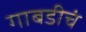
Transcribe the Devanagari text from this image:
गाबडीचं